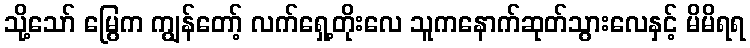
သို့သော် မြွေက ကျွန်တော့် လက်ရှေ့တိုးလေ သူကနောက်ဆုတ်သွားလေနှင့် မိမိရရ